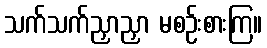
သက်သက်ညှာညှာ မစဉ်းစားကြ။